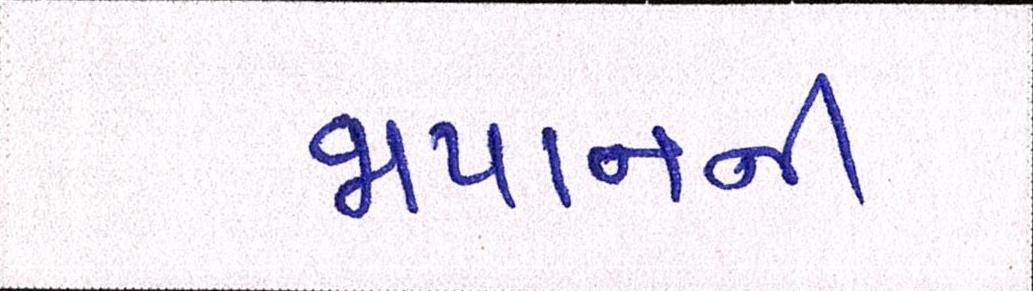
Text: જાપાનની